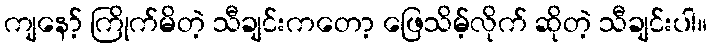
ကျနော့် ကြိုက်မိတဲ့ သီချင်းကတော့ ဖြေသိမ့်လိုက် ဆိုတဲ့ သီချင်းပါ။